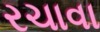
રચાવા